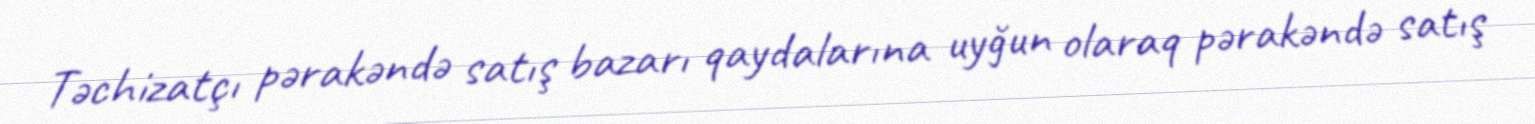
Təchizatçı pərakəndə satış bazarı qaydalarına uyğun olaraq pərakəndə satış